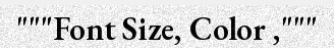
"""Font Size, Color ,"""